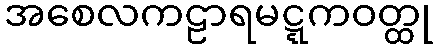
အစေလကဠာရမဋ္ဋကဝတ္ထု